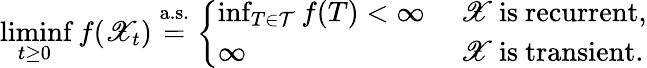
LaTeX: \operatorname*{liminf}_{t\geq 0}f(\mathscr{X}_{t})\stackrel{\mathrm{a.s.}}{=}\left\{ \begin{array}{ll}{\operatorname*{inf}_{T\in\mathcal T}f(T)<\infty}&{\mathrm{~\mathscr{X}~is~recurrent},}\\ {\infty}&{\mathrm{~\mathscr{X}~is~transient.}}\end{array}\right.